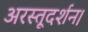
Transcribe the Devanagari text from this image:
अरस्तूदर्शन।